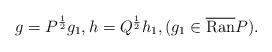
LaTeX: \begin{align*} g = P^{\frac{1}{2}} g_{1}, h = Q^{\frac{1}{2}} h_{1},(g_{1} \in \overline{\operatorname{Ran}} P).\end{align*}